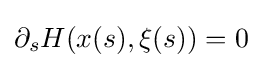
\partial _{s}H(x(s),\xi (s))=0